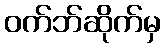
ဝက်ဘ်ဆိုက်မှ